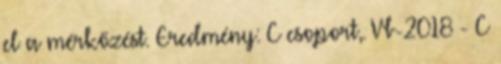
el a mérkőzést. Eredmény: C csoport,. Vb-2018 - C